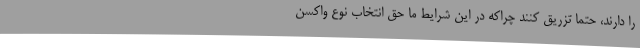
را دارند، حتماً تزریق کنند چراکه در این شرایط ما حق انتخاب نوع واکسن